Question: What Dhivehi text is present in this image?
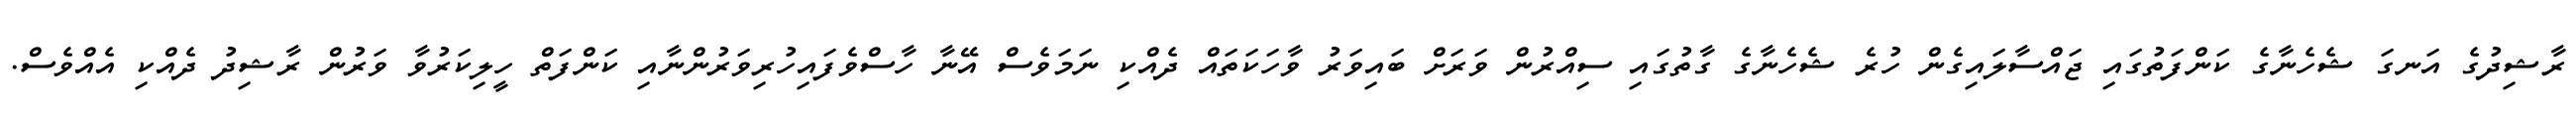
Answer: ރާޝިދުގެ އަނގަ ޝެހެނާގެ ކަންފަތުގައި ޖައްސާލައިގެން ހުރެ ޝެހެނާގެ ގާތުގައި ސިއްރުން ވަރަށް ބައިވަރު ވާހަކަތައް ދެއްކި ނަމަވެސް އޭނާ ހާސްވެފައިހުރިވަރުންނާއި ކަންފަތް ހީލިކަރުވާ ވަރުން ރާޝިދު ދެއްކި އެއްވެސް.